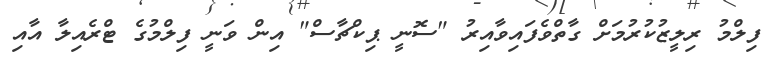
ފިލްމު ރިލީޒުކުރުމަށް ގާތްވެފައިވާއިރު "ސޮނީ ޕިކްޗާސް" އިން ވަނީ ފިލްމުގެ ޓްރެއިލާ އާއި